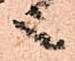
之